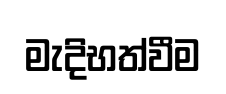
මැදිභත්වීම